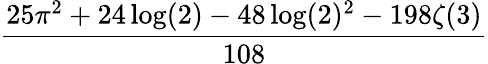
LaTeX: \frac{25\pi^{2}+24\log(2)-48\log(2)^{2}-198\zeta(3)}{108}